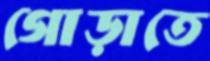
গোড়াতে